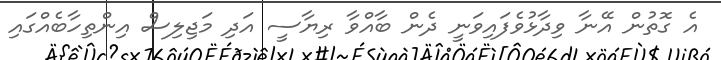
އެ ގޮތުން އޭނާ ވިދާޅުވެފައިވަނީ ދެން ބާއްވާ ރިޔާސީ އަދި މަޖިލިސް އިންތިހާބެއްގައި